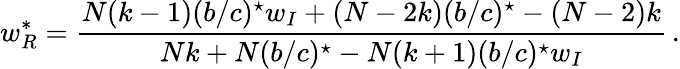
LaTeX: w_{R}^{*}=\frac{N(k-1)(b/c)^{\star}w_{I}+(N-2k)(b/c)^{\star}-(N-2)k}{Nk+N(b/c)^{\star}-N(k+1)(b/c)^{\star}w_{I}}\, .